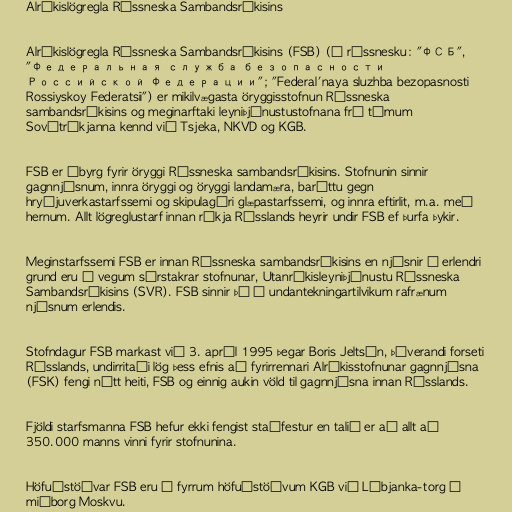
Alríkislögregla Rússneska Sambandsríkisins

Alríkislögregla Rússneska Sambandsríkisins (FSB) (á rússnesku: "ФСБ",
"Федеральная служба безопасности
Российской Федерации"; "Federal'naya sluzhba bezopasnosti
Rossiyskoy Federatsii") er mikilvægasta öryggisstofnun Rússneska
sambandsríkisins og meginarftaki leyniþjónustustofnana frá tímum
Sovétríkjanna kennd við Tsjeka, NKVD og KGB.

FSB er ábyrg fyrir öryggi Rússneska sambandsríkisins. Stofnunin sinnir
gagnnjósnum, innra öryggi og öryggi landamæra, baráttu gegn
hryðjuverkastarfssemi og skipulagðri glæpastarfssemi, og innra eftirlit, m.a. með
hernum. Allt lögreglustarf innan ríkja Rússlands heyrir undir FSB ef þurfa þykir.

Meginstarfssemi FSB er innan Rússneska sambandsríkisins en njósnir á erlendri
grund eru á vegum sérstakrar stofnunar, Utanríkisleyniþjónustu Rússneska
Sambandsríkisins (SVR). FSB sinnir þó í undantekningartilvikum rafrænum
njósnum erlendis.

Stofndagur FSB markast við 3. apríl 1995 þegar Boris Jeltsín, þáverandi forseti
Rússlands, undirritaði lög þess efnis að fyrirrennari Alríkisstofnunar gagnnjósna
(FSK) fengi nýtt heiti, FSB og einnig aukin völd til gagnnjósna innan Rússlands.

Fjöldi starfsmanna FSB hefur ekki fengist staðfestur en talið er að allt að
350.000 manns vinni fyrir stofnunina.

Höfuðstöðvar FSB eru í fyrrum höfuðstöðvum KGB við Lúbjanka-torg í
miðborg Moskvu.